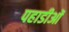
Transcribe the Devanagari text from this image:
पहाडीओं